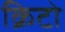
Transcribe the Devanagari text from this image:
क्रिटो